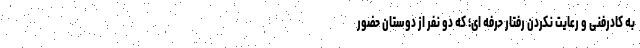
به کادرفنی و رعایت نکردن رفتار حرفه ای؛ که دو نفر از دوستان حضور